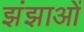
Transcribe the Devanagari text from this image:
झंझाओं